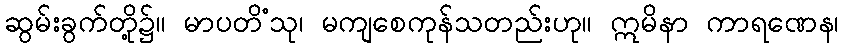
ဆွမ်းခွက်တို့၌။ မာပတိံသု၊ မကျစေကုန်သတည်းဟု။ ဣမိနာ ကာရဏေန၊